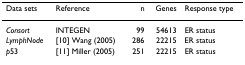
<table><thead><tr><td><b>Data sets</b></td><td><b>Reference</b></td><td><b>n</b></td><td><b>Genes</b></td><td><b>Response type</b></td></tr></thead><tbody><tr><td><i>Consort</i></td><td>INTEGEN</td><td>99</td><td>54613</td><td>ER status</td></tr><tr><td><i>LymphNode</i></td><td>[10] Wang (2005)</td><td>286</td><td>22215</td><td>ER status</td></tr><tr><td><i>p</i>53</td><td>[11] Miller (2005)</td><td>251</td><td>22215</td><td>ER status</td></tr></tbody></table>